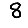
Digit: 8